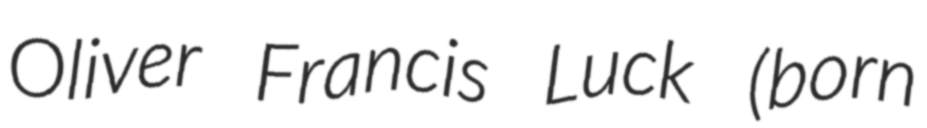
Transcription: Oliver Francis Luck (born